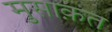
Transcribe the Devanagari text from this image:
मुसाक़त